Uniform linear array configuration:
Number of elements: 12
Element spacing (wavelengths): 1
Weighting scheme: uniform
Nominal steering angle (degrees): -15
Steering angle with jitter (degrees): -14.592
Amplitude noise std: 0.05
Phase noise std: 0.05

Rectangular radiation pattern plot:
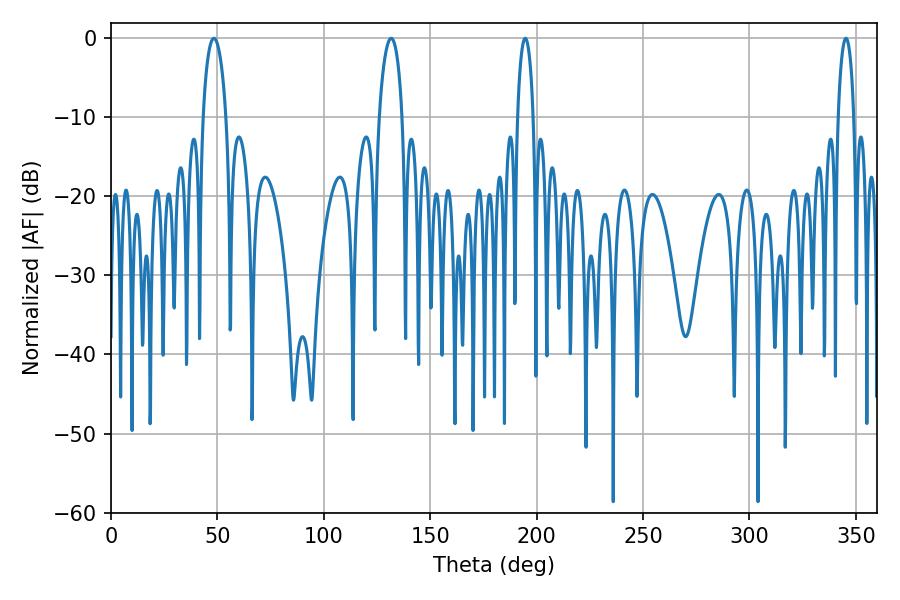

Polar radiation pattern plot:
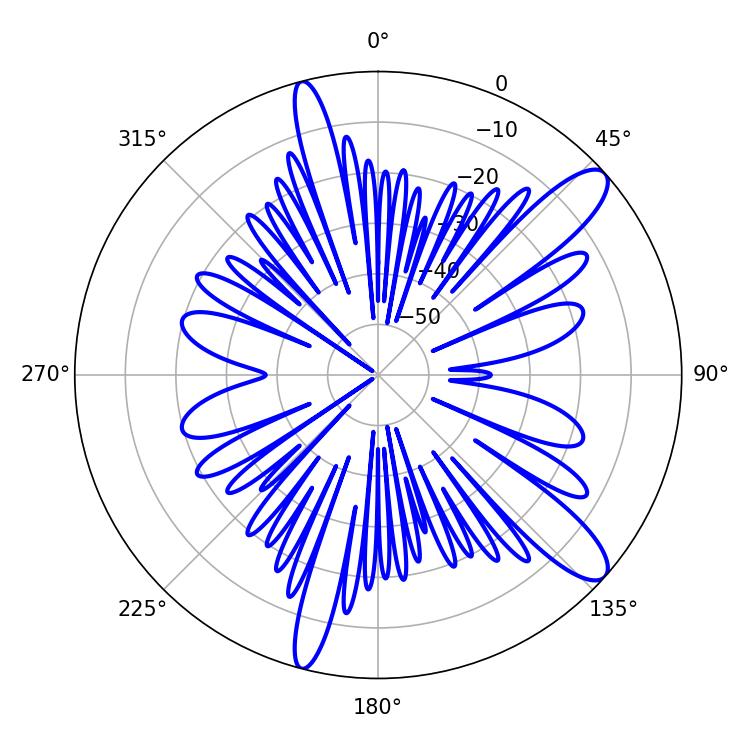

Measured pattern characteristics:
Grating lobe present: TRUE
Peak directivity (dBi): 11.588
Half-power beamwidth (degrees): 6.12
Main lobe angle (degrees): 48.42